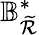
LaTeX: \mathbb{B}_{\mathcal{\widetilde{R}}}^{\ast}